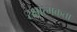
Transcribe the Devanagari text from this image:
रक्षात्मकता